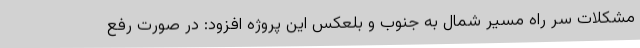
مشکلات سر راه مسیر شمال به جنوب و بلعکس این پروژه افزود: در صورت رفع